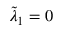
\tilde { \lambda } _ { 1 } = 0